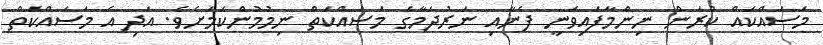
މަސައްކައް ކުރަން ނިންމާފައިވަނީ ފެނާއި ނަރުދަމާގެ މަސައްކަތް ނިމުމުންކަމަށެވެ. އަދި އެ މަސައްކަތް